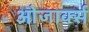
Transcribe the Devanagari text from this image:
ओजार्क्स